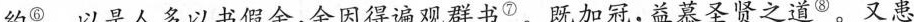
约^{⑥}。以是人多以书假余，余因得遍观群书^{⑦}。既加冠，益慕圣贤之道^{⑧}。又患